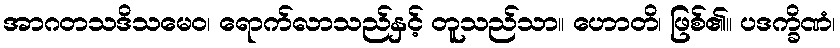
အာဂတသဒိသမေဝ၊ ရောက်လာသည်နှင့် တူသည်သာ။ ဟောတိ၊ ဖြစ်၏။ ပဒက္ခိဏံ၊